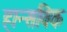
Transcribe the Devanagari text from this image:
हान्सविक